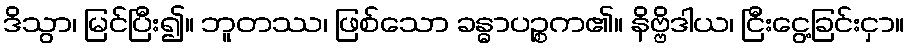
ဒိသွာ၊ မြင်ပြီး၍။ ဘူတဿ၊ ဖြစ်သော ခန္ဓာပဉ္စက၏။ နိဗ္ဗိဒါယ၊ ငြီးငွေ့ခြင်းငှာ။